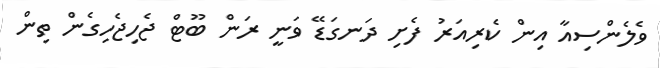
ވެލެންސިއާ އިން ކެރިއަރު ފެށި ދަނގަޑޭ ވަނީ ރަން ބޫޓް ޖެހިޖެހިގެން ތިން